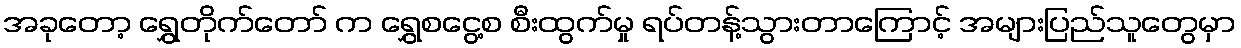
အခုတော့ ရွှေတိုက်တော် က ရွှေစငွေ့စ စီးထွက်မှု ရပ်တန့်သွားတာကြောင့် အများပြည်သူတွေမှာ